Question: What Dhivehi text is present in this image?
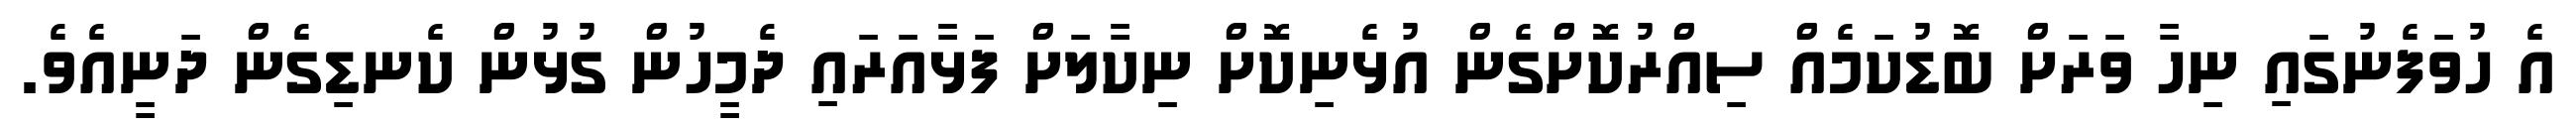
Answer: އެ ހުވަފެނުގައި ނިހާ ވަރަށް ބޮޑުކަމެއް ސިއްރުކޮށްގެން އުޅެނިކޮށް ނިކާލަށް ފަޅާއަރައި ދެމީހުން ގުޅުން ކެނޑިގެން ދަނީއެވެ.